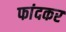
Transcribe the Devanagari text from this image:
फांदकर